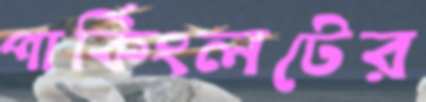
পার্কিংলটের